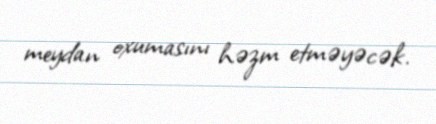
meydan oxumasını həzm etməyəcək.